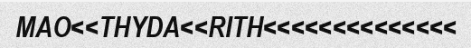
MAO<<THYDA<<RITH<<<<<<<<<<<<<<